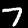
Digit: 7